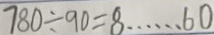
7 8 0 \div 9 0 = 8 \cdots 6 0